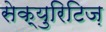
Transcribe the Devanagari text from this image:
सेक्युरिटिज़